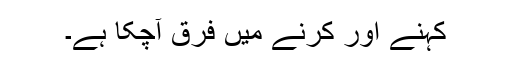
کہنے اور کرنے میں فرق آچکا ہے۔